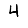
Digit: 4